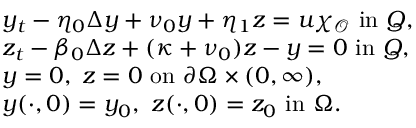
\begin{array} { r l } & { y _ { t } - \eta _ { 0 } \Delta y + \nu _ { 0 } y + \eta _ { 1 } z = u \chi _ { \mathcal { O } } \mathrm { ~ i n ~ } Q , } \\ & { z _ { t } - \beta _ { 0 } \Delta z + ( \kappa + \nu _ { 0 } ) z - y = 0 \mathrm { ~ i n ~ } Q , } \\ & { y = 0 , \; z = 0 \mathrm { ~ o n ~ } \partial \Omega \times ( 0 , \infty ) , } \\ & { y ( \cdot , 0 ) = y _ { 0 } \mathrm { , ~ } \, z ( \cdot , 0 ) = z _ { 0 } \mathrm { ~ i n ~ } \Omega . } \end{array}